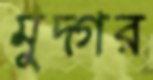
মুদ্গর